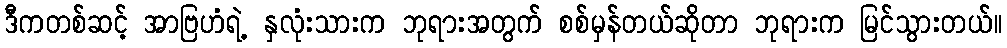
ဒီကတစ်ဆင့် အာဗြဟံရဲ့ နှလုံးသားက ဘုရားအတွက် စစ်မှန်တယ်ဆိုတာ ဘုရားက မြင်သွားတယ်။